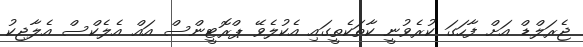
ޖެރަލްޑް އަށް ފާހަގަ ކުރެވުނީ ކާތަކެތީގައި އެކުލެވޭ ޕްރޮޓީންސް އައް އެލެކްސް އެލާޖިކު